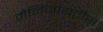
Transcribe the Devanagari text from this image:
मेनिंजायटीस